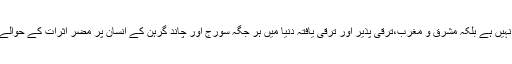
یہ صرف ایک انیتا کی کہانی نہیں ہے بلکہ مشرق و مغرب،ترقی پذیر اور ترقی یافتہ دنیا میں ہر جگہ سورج اور چاند گرہن کے انسان پر مضر اثرات کے حوالے سے خدشات پائے جاتے ہیں۔